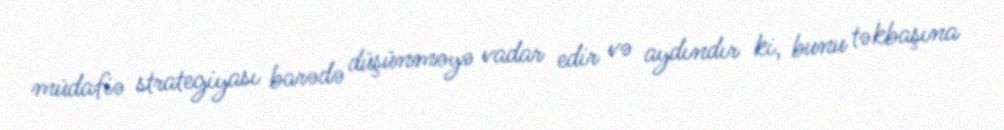
müdafiə strategiyası barədə düşünməyə vadar edir və aydındır ki, bunu təkbaşına